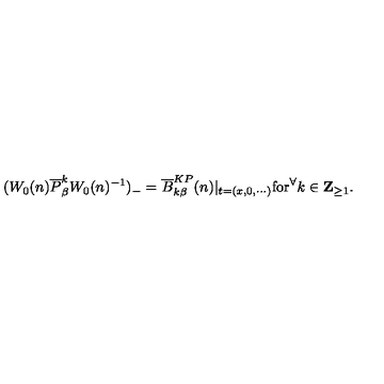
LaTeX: ( W _ { 0 } ( n ) \overline { { P } } _ { \beta } ^ { k } W _ { 0 } ( n ) ^ { - 1 } ) _ { - } { } = \overline { { B } } _ { k \beta } ^ { K P } ( n ) | _ { t = ( x , 0 , \cdots ) } \mathrm { f o r } ^ { \forall } k \in \mathrm { \bf { Z } } _ { \geq 1 } .